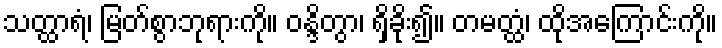
သတ္ထာရံ၊ မြတ်စွာဘုရားကို။ ဝန္ဒိတွာ၊ ရှိခိုး၍။ တမတ္ထံ၊ ထိုအကြောင်းကို။